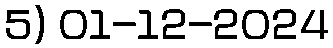
5) 01-12-2024